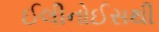
ઈલીનોઈસથી